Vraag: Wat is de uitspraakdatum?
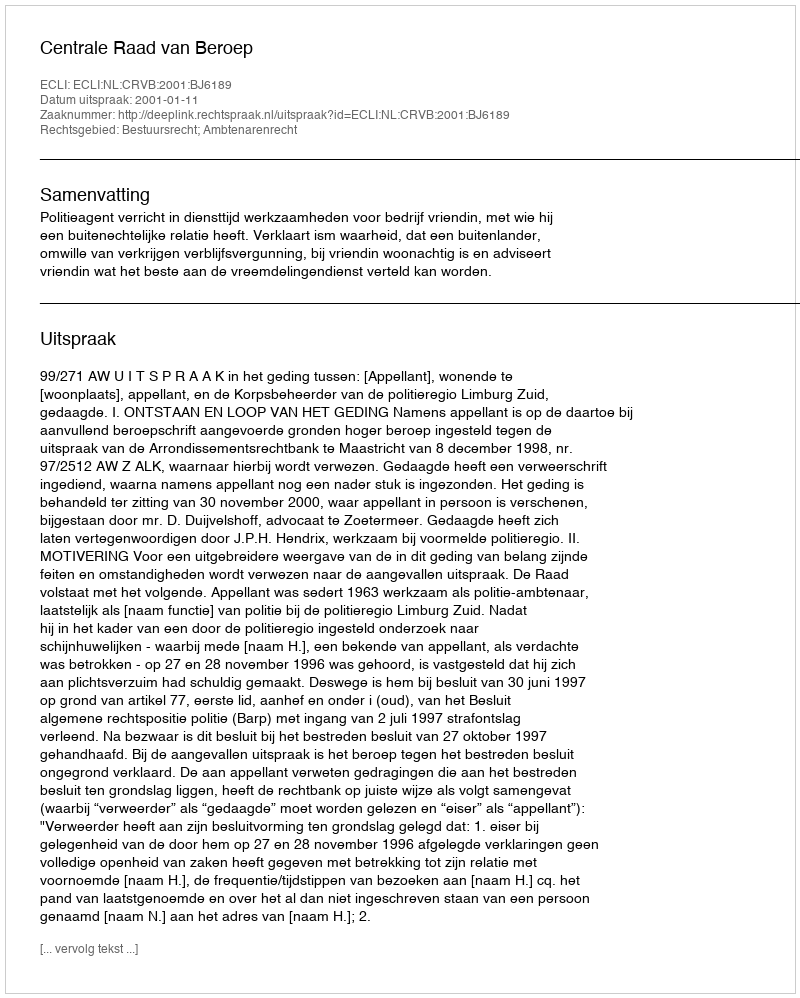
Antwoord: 2001-01-11